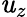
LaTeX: \mathit{u}_{z}